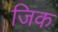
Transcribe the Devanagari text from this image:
जि़क